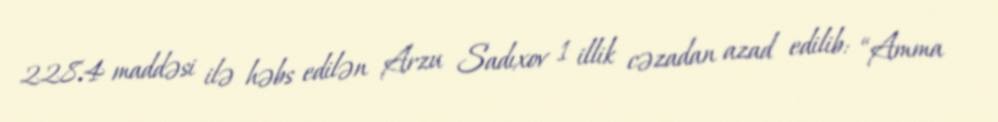
228.4 maddəsi ilə həbs edilən Arzu Sadıxov 1 illik cəzadan azad edilib: “Amma